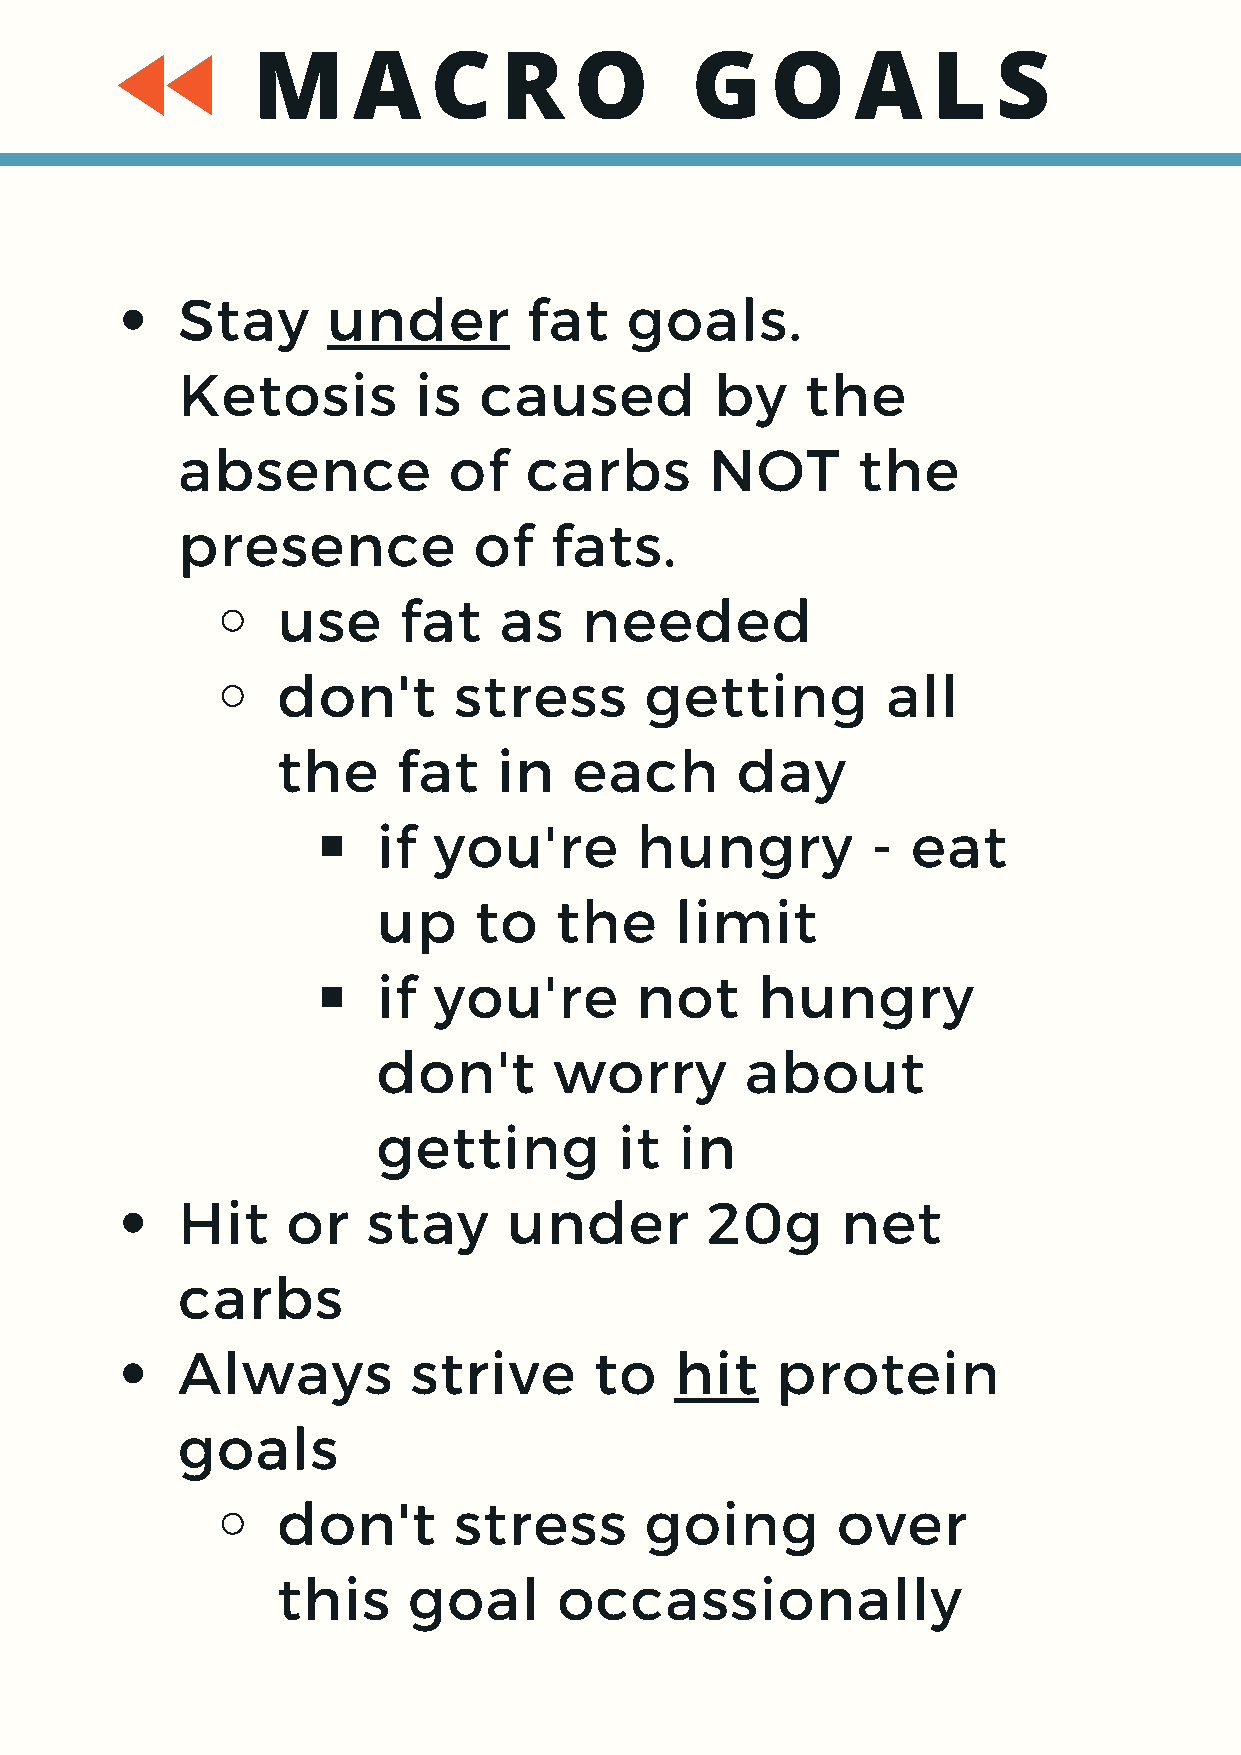
M     A    C    R    O       G    O     A    L   S
 Stay      under        fat    goals.
 Ketosis        is   caused         by    the
 absence           of   carbs       NOT       the
 presence           of   fats.
 use     fat    as    needed
 don't       stress       getting         all
 the     fat    in   each       day
 if  you're       hungry          - eat
 up    to    the     limit
 if  you're       not     hungry
 don't       worry       about
 getting         it  in
 Hit    or   stay      under        20g      net
 carbs
 Always         strive      to    hit   protein
 goals
 don't       stress       going       over
 this     goal      occassionally